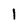
Character: 1